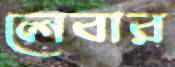
লেবার